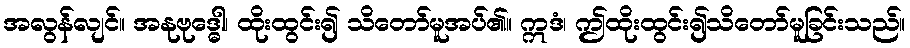
အလွန်လျင်။ အနုဗုဒ္ဓေါ၊ ထိုးထွင်း၍ သိတော်မူအပ်၏။ ဣဒံ၊ ဤထိုးထွင်း၍သိတော်မူခြင်းသည်။